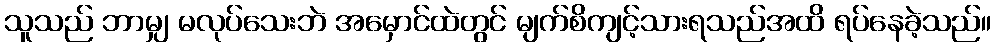
သူသည် ဘာမျှ မလုပ်သေးဘဲ အမှောင်ထဲတွင် မျက်စိကျင့်သားရသည်အထိ ရပ်နေခဲ့သည်။